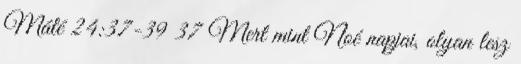
Máté 24:37-39 37 Mert mint Noé napjai, olyan lesz